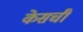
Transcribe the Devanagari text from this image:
केसची